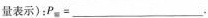
量表示)；P_{0}=___.